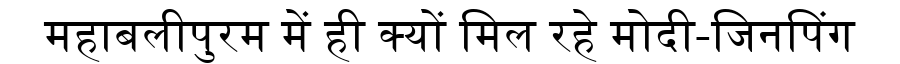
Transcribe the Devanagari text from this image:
महाबलीपुरम में ही क्यों मिल रहे मोदी-जिनपिंग